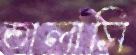
তালাসি